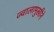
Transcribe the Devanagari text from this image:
ज्वालामुखीने